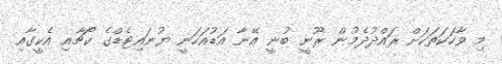
މި ވާހަކަތަކަށް ރައްދުދެމުން ރޫނީ ބުނީ އޭނާ އަޑުއަހަނީ ޔުނައިޓެޑްގެ ކޯޗާއި އެކީގާއި